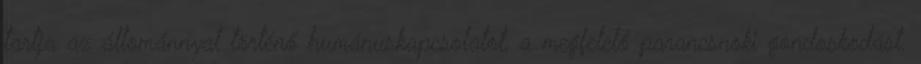
tartja az állománnyal történő humánuskapcsolatot, a megfelelő parancsnoki gondoskodást.